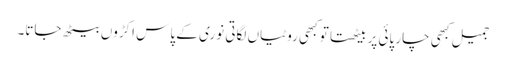
جمیل کبھی چار پائی پر بیٹھتا تو کبھی روٹیاں لگاتی نوری کے پاس اکڑوں بیٹھ جاتا۔